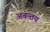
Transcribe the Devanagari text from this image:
अवन्तय